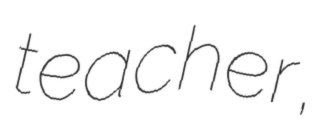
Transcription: teacher,